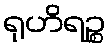
ရုဟိရဉ္စ